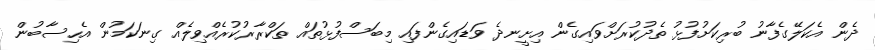
ދެން އެކަލޭގެފާނު ބުރިކަށުފުޅު ތެދުކުރަށްވައިގެން އިށީނދެ ވަޑައިގެންފައި މިބަސްފުޅުތައް ތަކްރާރުކުރެއްވިލެއް ގިނަކަމުން އެހިސާބުން